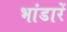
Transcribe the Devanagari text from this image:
भांडारें